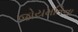
જોયમતિના